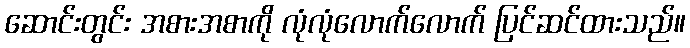
ဆောင်းတွင်း အစားအစာကို လုံလုံလောက်လောက် ပြင်ဆင်ထားသည်။